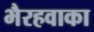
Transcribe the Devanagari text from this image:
भैरहवाका